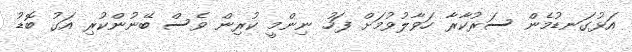
އަޅުގަނޑުމެން ސަރުކާރާ ހަވާލުވުމަށް ފަހު ނިންމީ ކުރިން ވެސް ބޭނުންކުރި އަގު ބޮޑު